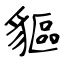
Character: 貙